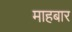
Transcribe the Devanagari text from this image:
माहबार